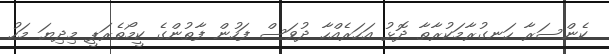
ކެންސަރާ ހަނގުރާމަކުރާތާ ދޮޅު އަހަރެއްހާ ދުވަސް ފަހުން ފާތުންގެ ކީމޯތެރަޕީ މިދިޔަ މަހު